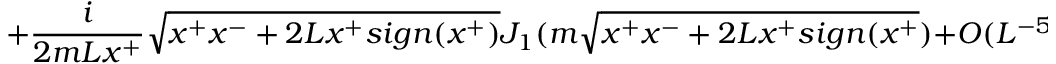
+ { \frac { i } { 2 m L x ^ { + } } } \sqrt { x ^ { + } x ^ { - } + 2 L x ^ { + } s i g n ( x ^ { + } ) } J _ { 1 } ( m \sqrt { x ^ { + } x ^ { - } + 2 L x ^ { + } s i g n ( x ^ { + } } ) + O ( L ^ { - 5 / 4 } )